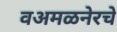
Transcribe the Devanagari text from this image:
वअमळनेरचे